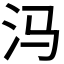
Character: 𰛊